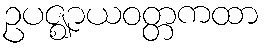
ဥပဇ္ဈာယဝတ္တကထာ